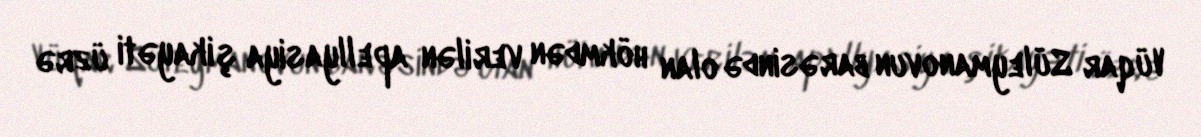
Vüqar Süleymanovun barəsində olan hökmdən verilən apellyasiya şikayəti üzrə